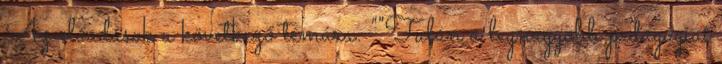
Az előadások a következő témára: ""Talán a legnagyobb pedagógiai